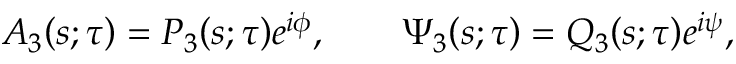
{ \cal A } _ { 3 } { \left( s ; \tau \right) } = P _ { 3 } { \left( s ; \tau \right) } e ^ { i \phi } , \qquad \Psi _ { 3 } { \left( s ; \tau \right) } = Q _ { 3 } { \left( s ; \tau \right) } e ^ { i \psi } ,